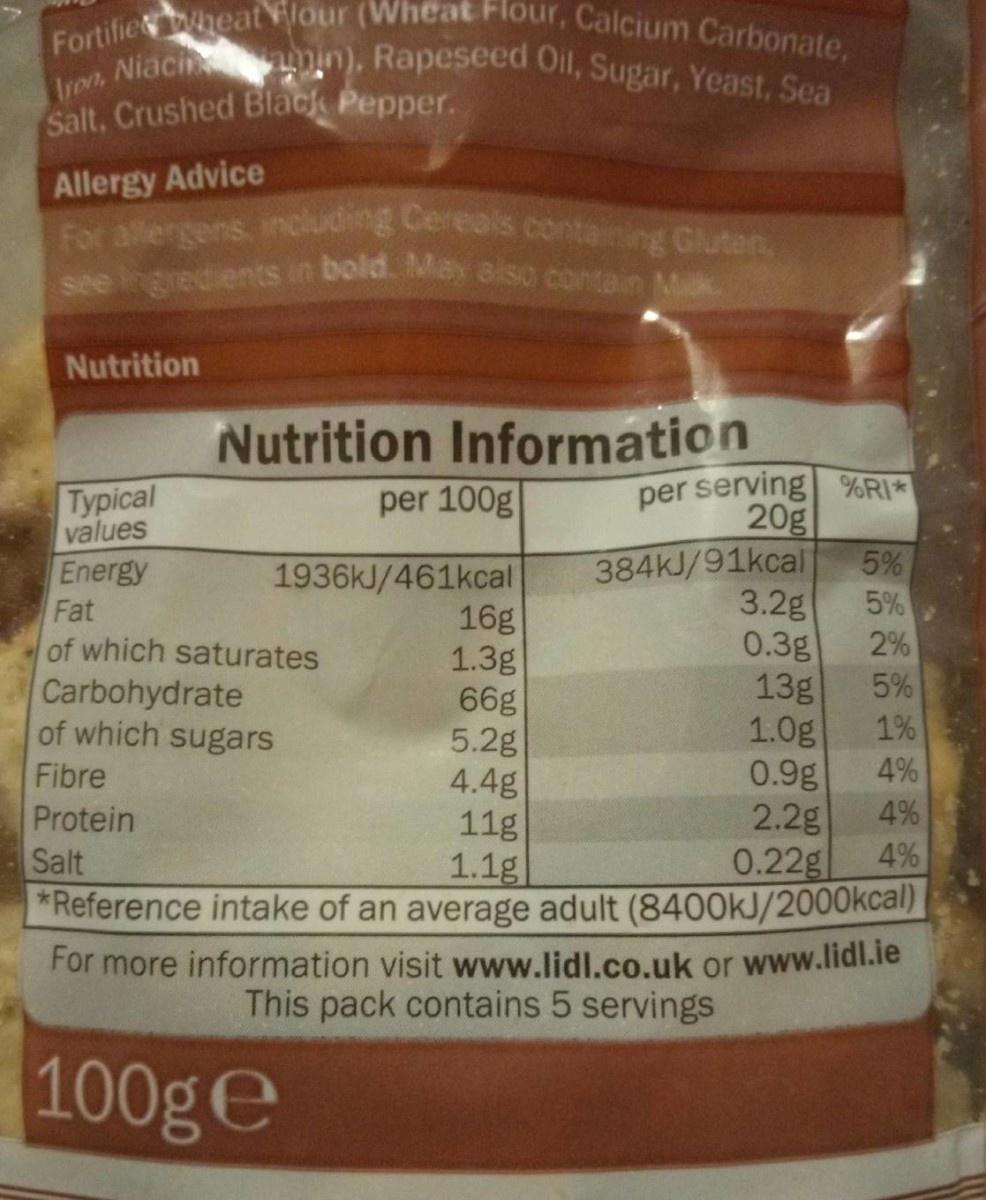
Fortifie heatlour (Wheat Flour, Calcium Carbonate,
Iron. Niach amin), Rapeseed Oil, Sugar, Yeast, Sea
Salt, Crushed Black Pepper.
Allergy Advice For allergens, including Cereals containing Gluten, see ngredients in bold. May aiso contain Mik.
Nutrition
Nutrition Information per 100g
per serving %RI* 20g 5%
Typical values
384KJ/91kcal 5%
1936KJ/461kcal 16g 1.3g 66g 5.2g 4.4g 11g 1.1g *Reference intake of an average adult (8400KJ/2000kcal)
Energy Fat of which saturates Carbohydrate of which sugars
3.2g
0.3g 13g 1.0g 0.9g 2.2g 0.22g
2%
5%
1%
Fibre
4%
Protein
4%
Salt
4%
For more information visit www.lidl.co.uk or www.lidl.ie This pack contains 5 servings
100ge